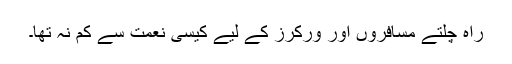
راہ چلتے مسافروں اور ورکرز کے لیے کیسی نعمت سے کم نہ تھا۔